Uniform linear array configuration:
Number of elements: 32
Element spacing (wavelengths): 1
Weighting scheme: blackman
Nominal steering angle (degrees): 15
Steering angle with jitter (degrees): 14.236
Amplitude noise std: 0.05
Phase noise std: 0.05

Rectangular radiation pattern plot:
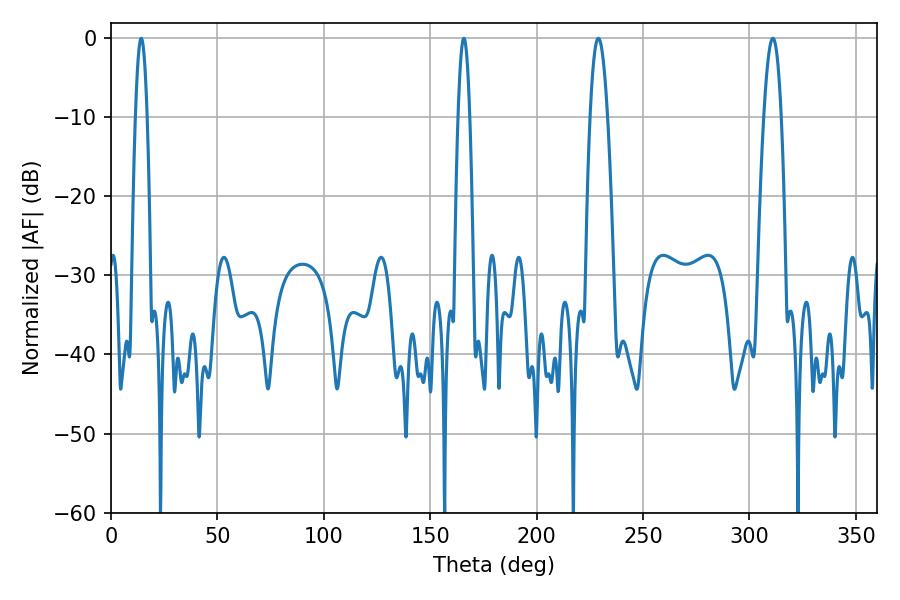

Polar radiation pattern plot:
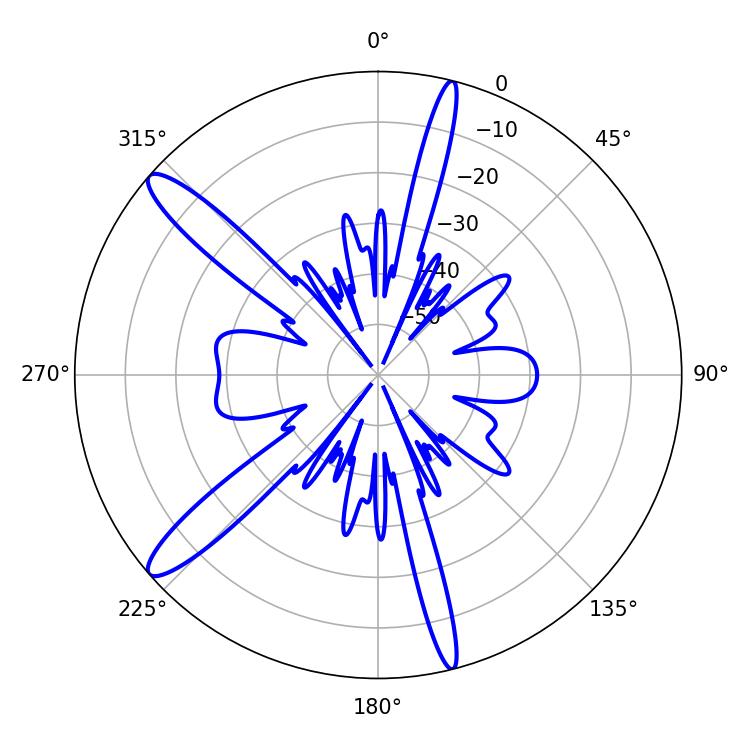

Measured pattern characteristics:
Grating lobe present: TRUE
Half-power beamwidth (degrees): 2.88
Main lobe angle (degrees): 165.78